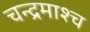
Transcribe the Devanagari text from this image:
चन्द्रमाश्च